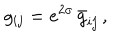
g _ { i j } = e ^ { 2 \sigma } \, \bar { g } _ { i j } \, ,